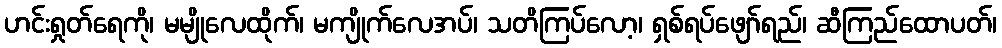
ဟင်းရှုတ်ရေကို၊ မမျိုလေထိုက်၊ မကျိုက်လေအပ်၊ သတိကြပ်လော့၊ ရှစ်ရပ်ဖျော်ရည်၊ ဆီကြည်ထောပတ်၊